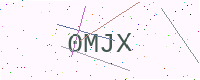
Text: 0MJX